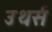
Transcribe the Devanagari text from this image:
उथर्स